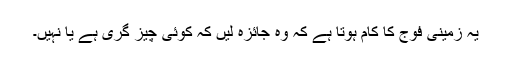
یہ زمینی فوج کا کام ہوتا ہے کہ وہ جائزہ لیں کہ کوئی چیز گری ہے یا نہیں۔